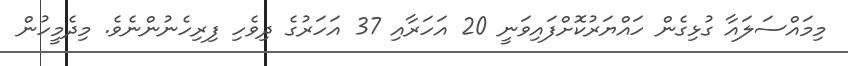
މިމައްސަލައާ ގުޅިގެން ހައްޔަރުކޮށްފައިވަނީ 20 އަހަރާއި 37 އަހަރުގެ ދިވެހި ފިރިހެނުންނެވެ. މިދެމީހުން